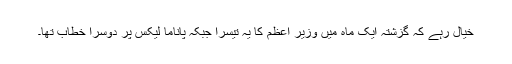
خیال رہے کہ گزشتہ ایک ماہ میں وزیر اعظم کا یہ تیسرا جبکہ پاناما لیکس پر دوسرا خطاب تھا۔